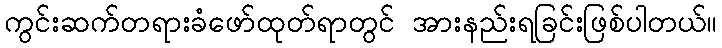
ကွင်းဆက်တရားခံဖော်ထုတ်ရာတွင် အားနည်းရခြင်းဖြစ်ပါတယ်။